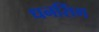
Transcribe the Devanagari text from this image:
धनसिंग